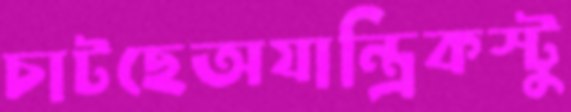
চাটছেঅযান্ত্রিকস্টু